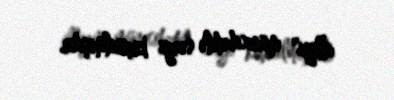
illiyi" münasibətilə sərgi keçirilmişdir.